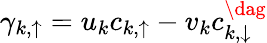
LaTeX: \gamma_{k,\uparrow}=u_{k}c_{k,\uparrow}-v_{k}c_{k,\downarrow}^{\dag}